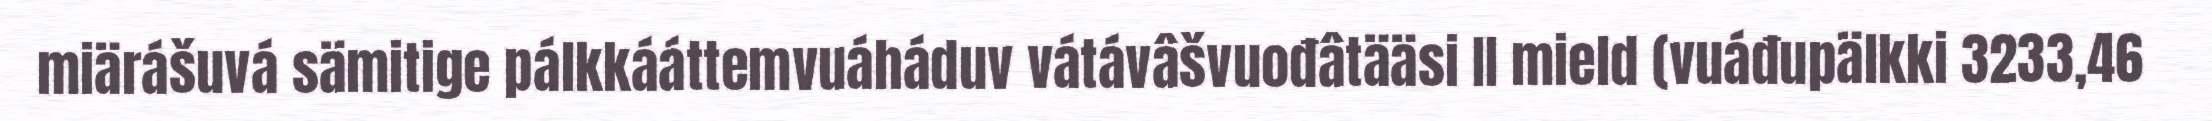
miärášuvá sämitige pálkkááttemvuáháduv vátávâšvuođâtääsi II mield (vuáđupälkki 3233,46